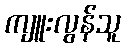
ကျူးလွန်သူ